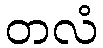
တလံ